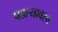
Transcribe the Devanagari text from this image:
पडल्यावरच